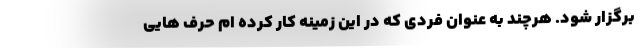
برگزار شود. هرچند به عنوان فردی که در این زمینه کار کرده ام حرف هایی